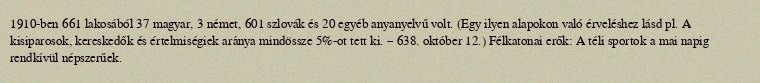
1910-ben 661 lakosából 37 magyar, 3 német, 601 szlovák és 20 egyéb anyanyelvű volt. (Egy ilyen alapokon való érveléshez lásd pl. A kisiparosok, kereskedők és értelmiségiek aránya mindössze 5%-ot tett ki. – 638. október 12.) Félkatonai erők: A téli sportok a mai napig rendkívül népszerűek.